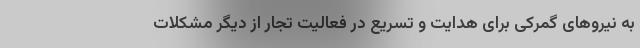
به نیروهای گمرکی برای هدایت و تسریع در فعالیت تجار از دیگر مشکلات